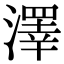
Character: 澤